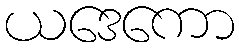
ယဒေကော